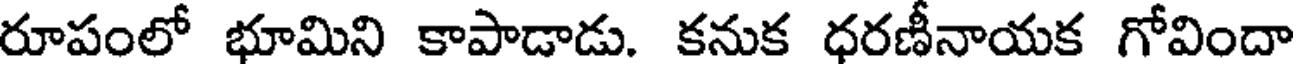
రూపంలో భూమిని కాపాడాడు. కనుక ధరణీనాయక గోవిందా